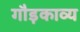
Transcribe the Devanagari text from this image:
गौड़काव्य